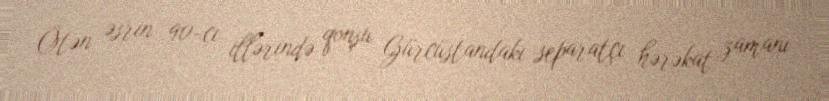
Ötən əsrin 90-cı illərində qonşu Gürcüstandakı separatçı hərəkat zamanı